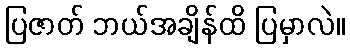
ပြဇာတ် ဘယ်အချိန်ထိ ပြမှာလဲ။